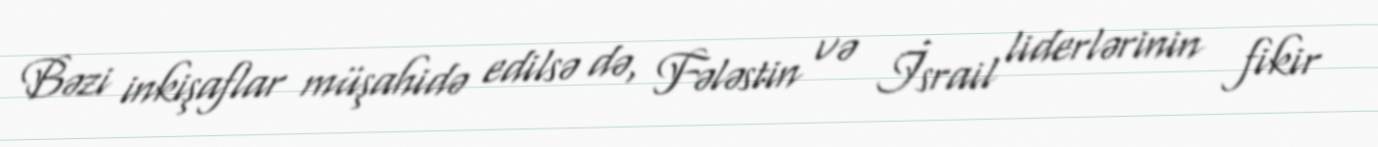
Bəzi inkişaflar müşahidə edilsə də, Fələstin və İsrail liderlərinin fikir